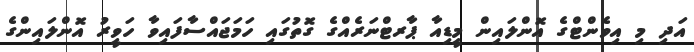
އަދި މި އިވެންޓްގެ އޮންލައިން މީޑިއާ ޕާރޓްނަރެއްގެ ގޮތުގައި ހަމަޖައްސާފައިވާ ހަވީރު އޮންލައިންގެ